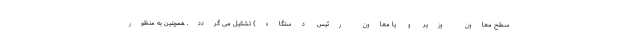
سطح معاون وزیر و یا معاون رئیس دستگاه) تشکیل می گردد. همچنین به منظور